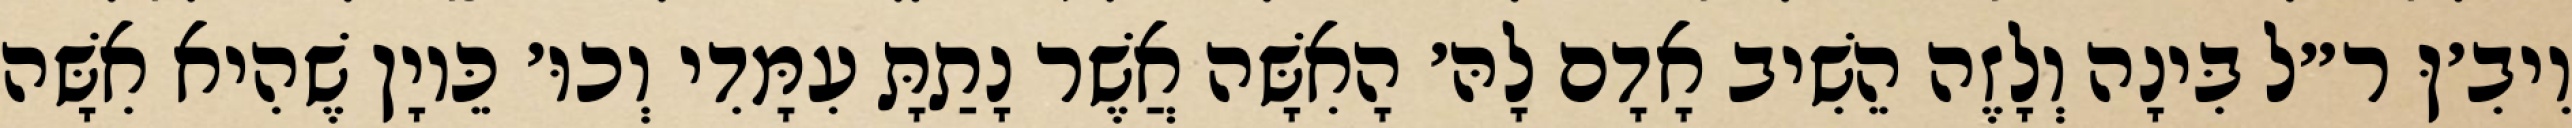
וִיבִ׳ןּ ר״ל בִּינָה וְלָזֶה הֵשִׁיב אָדָם לָהּ׳ הָאִשָּׁה אֲשֶׁר נָתַתָּ עִמָּדִי וְכוּ׳ כֵּיוָן שֶׁהִיא אִשָּׁה